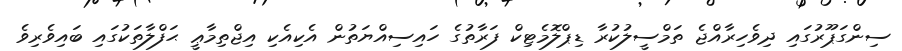
ސިންގަޕޫރުގައި ދިވެހިރާއްޖެ ތަމްސީލުކުރާ ޑިޕްލޮމެޓިކް ފަރާތުގެ ހައިސިއްޔަތުން އެކިއެކި އިޖްތިމާޢީ ޙަފްލާތަކުގައި ބައިވެރިވެ